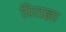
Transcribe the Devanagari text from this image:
प्रितज्ञा